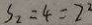
S _ { 2 } = 4 = 2 ^ { 2 }